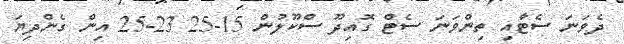
ދެވަނަ ސެޓާއި ތިންވަނަ ސެޓް ގޮއިދޫ ސްކޫލުން 15-25 23-25 އިން ގެންދިޔަ